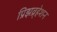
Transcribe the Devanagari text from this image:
प्रिझव्र्हेशन